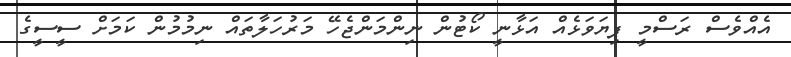
އެއްވެސް ރަސްމީ ފިޔަވަޅެއް އަޅާނީ ކޯޓުން ނިންމަންޖެހޭ މަރުހަލާތައް ނިމުމުން ކަމަށް ސީސީގެ